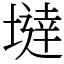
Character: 𡐿